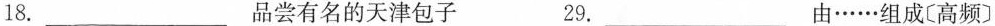
18.___品尝有名的天津包子 29.___由……组成〔高频〕